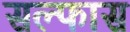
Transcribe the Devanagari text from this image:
सल्फास